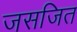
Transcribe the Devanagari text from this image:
जसजित